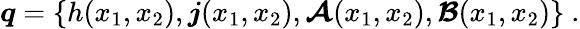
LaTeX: \boldsymbol{q}=\{ h(x_{1},x_{2}),\boldsymbol{j}(x_{1},x_{2}),\boldsymbol{\mathcal{A}}(x_{1},x_{2}),\boldsymbol{\mathcal{B}}(x_{1},x_{2})\} \ .